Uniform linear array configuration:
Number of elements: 4
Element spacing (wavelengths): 0.25
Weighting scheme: cosine
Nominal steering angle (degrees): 60
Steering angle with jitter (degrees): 61.032
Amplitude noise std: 0.05
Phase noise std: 0.05

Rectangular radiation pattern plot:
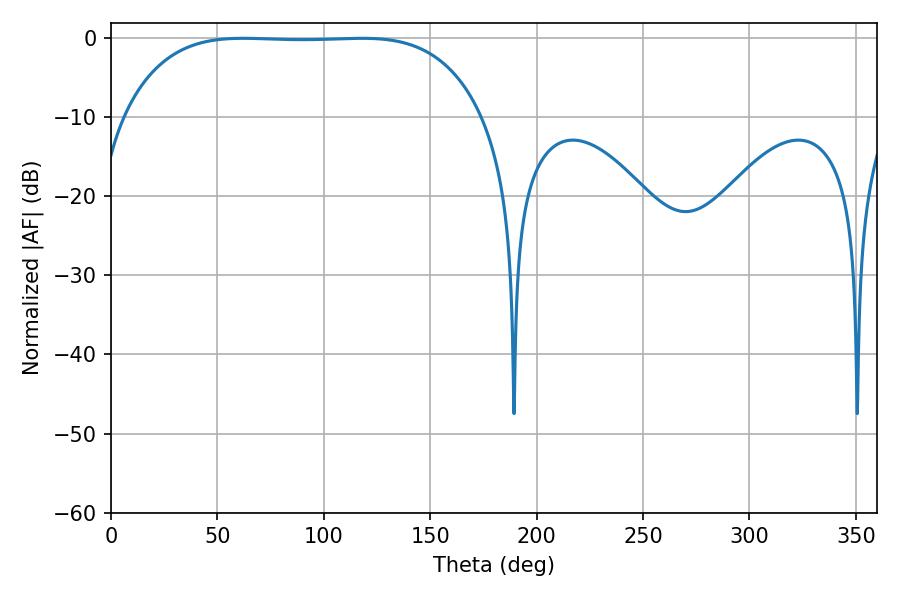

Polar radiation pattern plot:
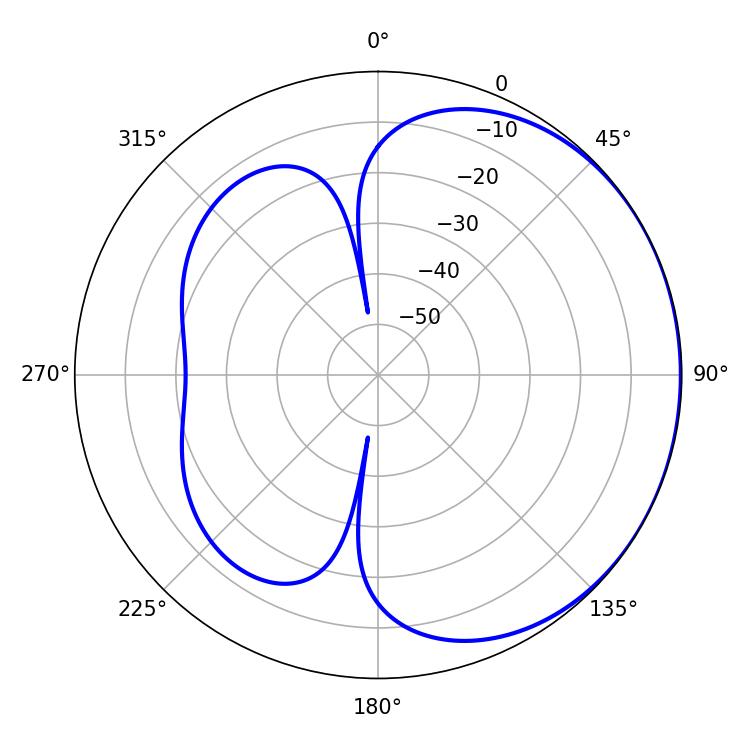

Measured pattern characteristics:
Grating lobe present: FALSE
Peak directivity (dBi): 0.7233
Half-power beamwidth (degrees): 130.68
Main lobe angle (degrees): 62.1